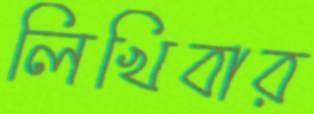
লিখিবার